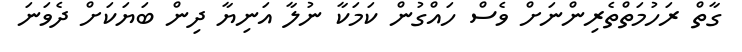
ގާތް ރަހުމަތްތެރިންނަށް ވެސް ހައްގުން ކަމަކާ ނުލާ އަނިޔާ ދިން ބަޔަކަށް ދެވަނަ